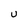
Character: U